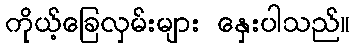
ကိုယ့်ခြေလှမ်းများ နှေးပါသည်။